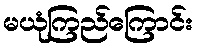
မယုံကြည်ကြောင်း